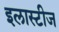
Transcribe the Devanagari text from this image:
इलास्टीज